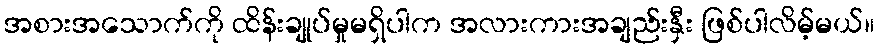
အစားအသောက်ကို ထိန်းချုပ်မှုမရှိပါက အလားကားအချည်းနှီး ဖြစ်ပါလိမ့်မယ်။